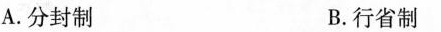
A.分封制 B.行省制